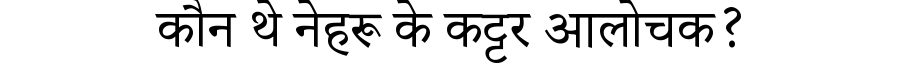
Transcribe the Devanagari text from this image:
कौन थे नेहरू के कट्टर आलोचक?